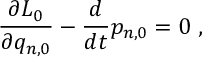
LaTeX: \frac { \partial L _ { 0 } } { \partial q _ { n , 0 } } - \frac { d } { d t } p _ { n , 0 } = 0 \ ,